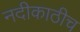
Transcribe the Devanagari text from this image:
नदीकाठीच